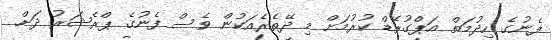
ފެނުގެ ހިދުމަތް އަޕްގުރޭޑް ކުރުމަށް މި ދޭތެރެއަކުން ވެސް ފެނުގެ ޕްރެޝަރު ދަށް